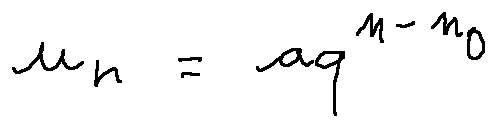
u _ { n } = a q ^ { n - n _ { 0 } }